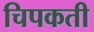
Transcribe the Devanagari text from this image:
चिपकती